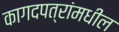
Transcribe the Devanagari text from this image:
कागदपत्रांमधील